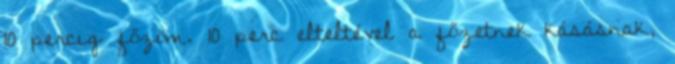
10 percig főzöm. 10 perc elteltével a főzetnek kásásnak,